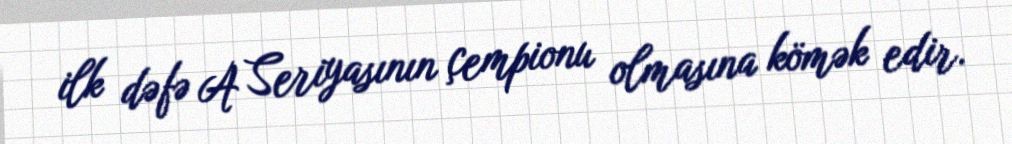
ilk dəfə A Seriyasının çempionu olmasına kömək edir.